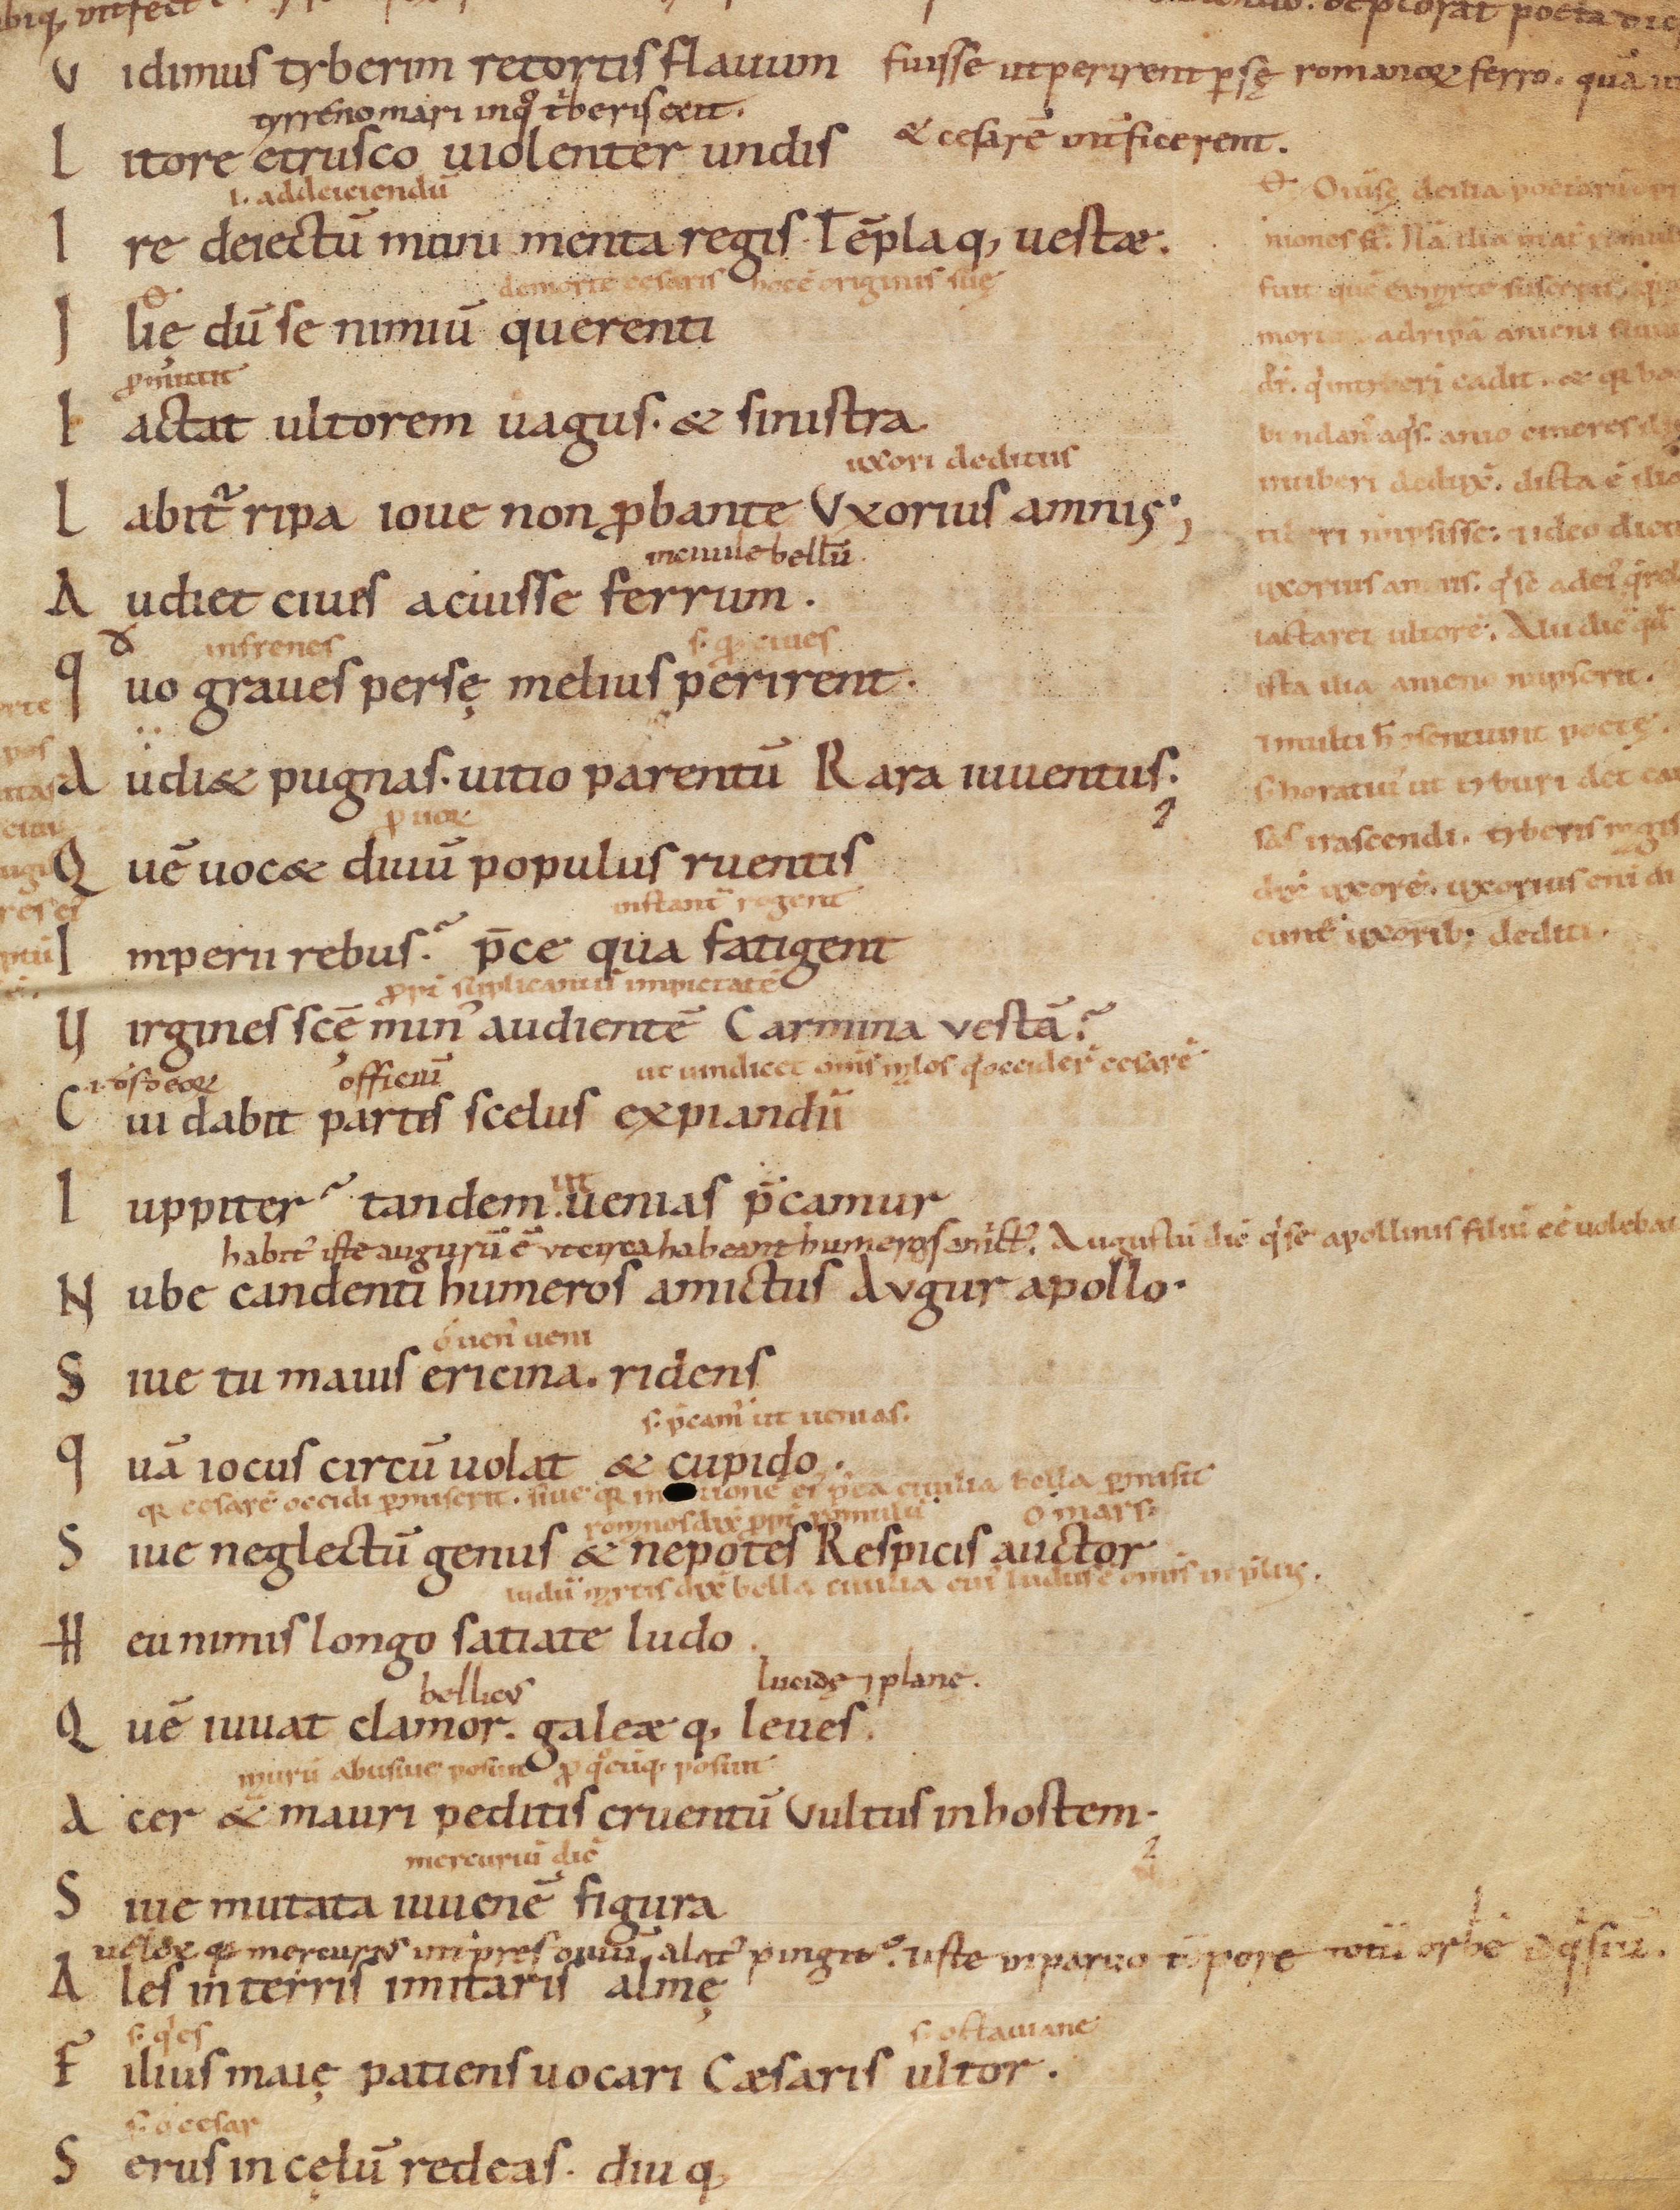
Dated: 900–999